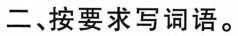
二、按要求写词语。